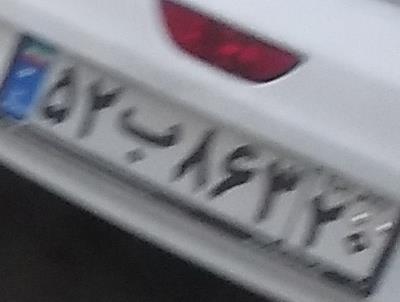
۵۲ب۸۶۳۲۰